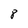
Character: 8